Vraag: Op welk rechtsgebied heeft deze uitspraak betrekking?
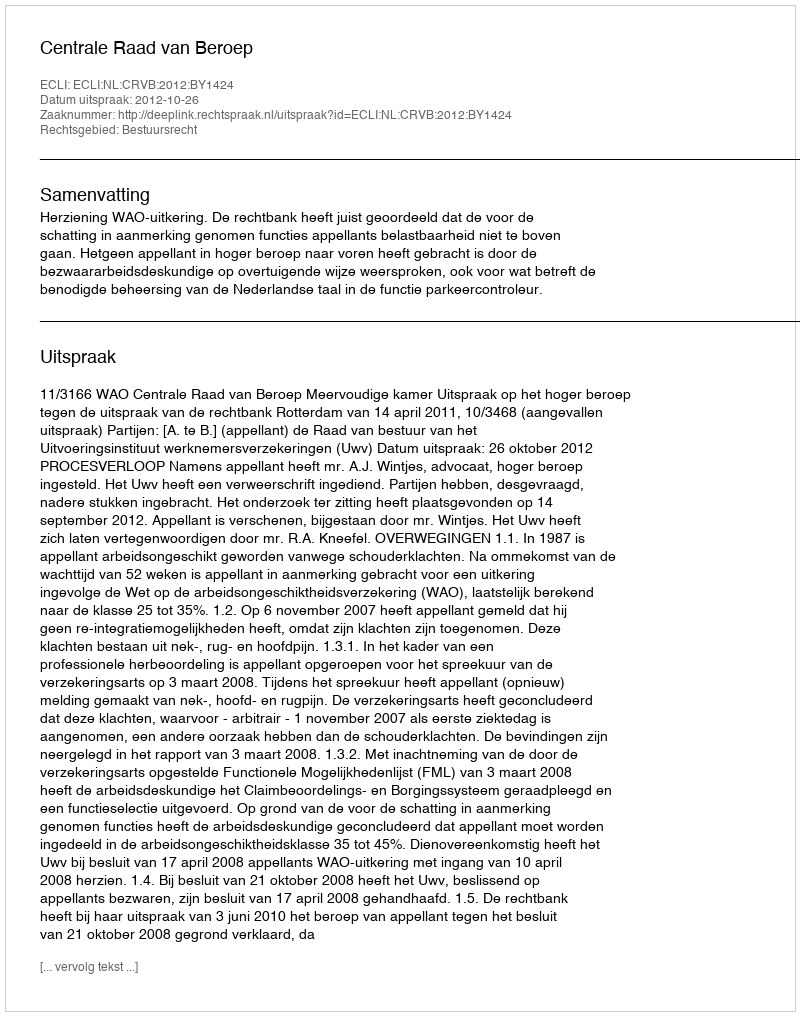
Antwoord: Bestuursrecht